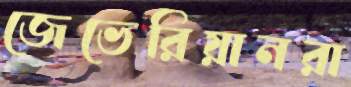
জেভেরিয়ানরা